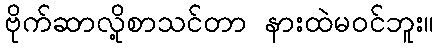
ဗိုက်ဆာလို့စာသင်တာ နားထဲမဝင်ဘူး။